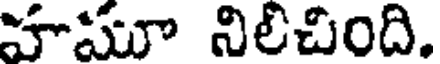
హమూ నిలిచింది.